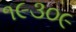
૧૯૩૦૯